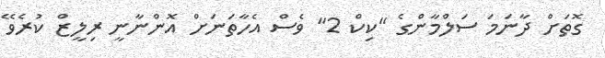
ގޮތަށް ދާނަމަ ސަލްމާންގެ "ކިކް 2" ވެސް އެހާތަނަށް އޮންނާނީ ރިލީޒް ކުރެވޭ